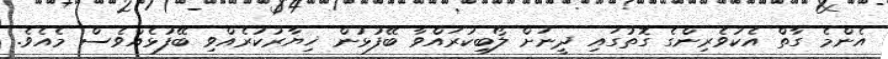
އެންމެ ގާތް އެކުވެރިންގެ ގޮތުގައި ދީނަށް ލޯބިކުރައްވާ ބޭފުޅުން ޚިޔާރުކުރެއްވި ބޭފުޅެއްވެސް މެއެވެ.